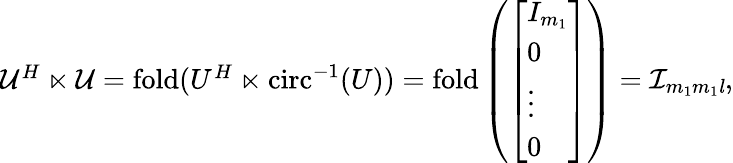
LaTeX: \begin{array}{r}{\mathcal{U}^{H}\ltimes\mathcal{U}=\mathrm{fold}(U^{H}\ltimes\mathrm{circ}^{-1}(U))=\mathrm{fold}\left(\left[\begin{array}{l}{I_{m_{1}}}\\ {0}\\ {\vdots}\\ {0}\end{array}\right]\right)=\mathcal{I}_{m_{1}m_{1}\mathit{l}},}\end{array}